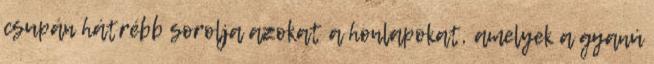
csupán hátrébb sorolja azokat a honlapokat, amelyek a gyanú